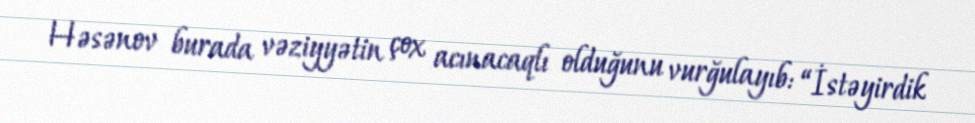
Həsənov burada vəziyyətin çox acınacaqlı olduğunu vurğulayıb: “İstəyirdik